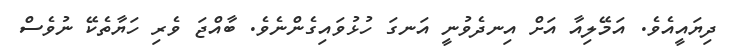
ދިޔައީއެވެ. އަމޭލިއާ އަށް އިނދެވުނީ އަނގަ ހުޅުވައިގެންނެވެ. ބާއްޖަ ވެރި ހަޔާތެކޭ ނުވެސް